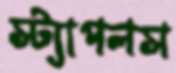
স্ট্যাপলস